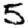
Digit: 5